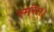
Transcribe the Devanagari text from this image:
स्मरेत्‌।